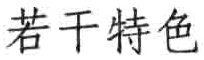
若干特色